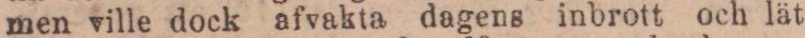
men ville dock afvakta dagens inbrott och lät